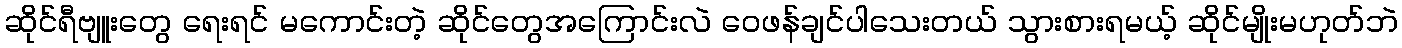
ဆိုင်ရီဗျူးတွေ ရေးရင် မကောင်းတဲ့ ဆိုင်တွေအကြောင်းလဲ ဝေဖန်ချင်ပါသေးတယ် သွားစားရမယ့် ဆိုင်မျိုးမဟုတ်ဘဲ